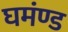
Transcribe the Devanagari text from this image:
घमंण्ड